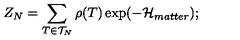
Z _ { N } = \sum _ { T \in { \cal { T } } _ { N } } \rho ( T ) \exp ( - { \cal { H } } _ { m a t t e r } ) ; \protect